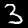
Label: 3